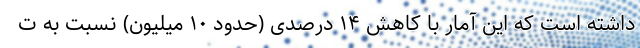
داشته است که این آمار با کاهش ۱۴ درصدی (حدود ۱۰ میلیون) نسبت به ت